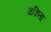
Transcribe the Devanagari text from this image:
चकिता